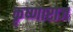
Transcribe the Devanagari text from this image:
कृष्णाराज